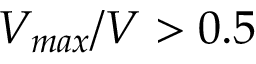
V _ { m a x } / V > 0 . 5